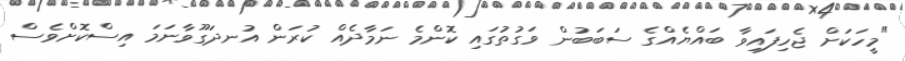
"މީހަކަށް ޖެހިފައިވާ ބައްޔެއްގެ ސަބަބުން ވަގުތުގައި ކޮންމެ ނަމާދެއް ކުރަން އުނދަގޫވާނަމަ އިސްކޮށްވެސް